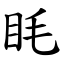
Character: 眊